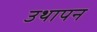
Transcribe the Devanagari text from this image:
उथापन